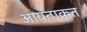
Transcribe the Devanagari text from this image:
आयताकृत